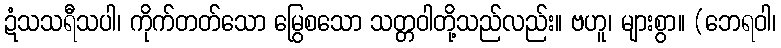
ဍံသသရီသပါ၊ ကိုက်တတ်သော မြွေစသော သတ္တဝါတို့သည်လည်း။ ဗဟူ၊ များစွာ။ (ဘေရဝါ၊